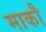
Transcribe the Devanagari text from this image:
माकौ